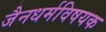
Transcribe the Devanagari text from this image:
जैनधर्मविषयक